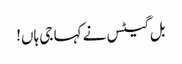
بل گیٹس نے کہا جی ہاں!